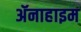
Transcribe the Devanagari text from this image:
ॲनाहाइम